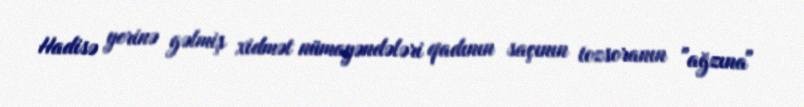
Hadisə yerinə gəlmiş xidmət nümayəndələri qadının saçının tozsoranın "ağzına"